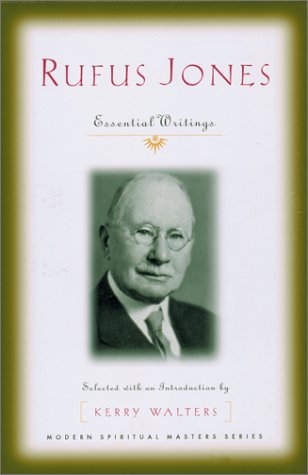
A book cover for Rufus Jones: Essential Writings (Modern Spiritual Masters Series); Rufus Matthew Jones; Christian Books & Bibles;